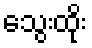
သွေးထိုး